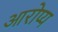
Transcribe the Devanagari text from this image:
आरोप्य